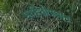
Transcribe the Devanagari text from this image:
माहितीप्रधान